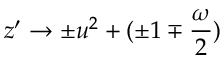
z ^ { \prime } \to \pm u ^ { 2 } + ( \pm 1 \mp \frac { \omega } { 2 } )